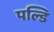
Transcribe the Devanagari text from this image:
पल्डि